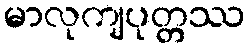
မာလုကျပုတ္တဿ